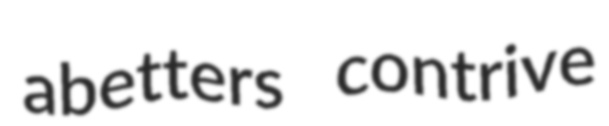
abetters contrive